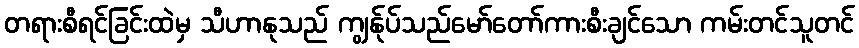
တရားစီရင်ခြင်းထဲမှ သီဟာနုသည် ကျွန်ုပ်သည်မော်တော်ကားစီးချင်သော ကမ်းတင်သူတင်